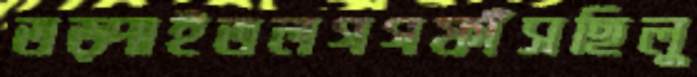
তড়্‌পাইতলগগফাঁসছিলু